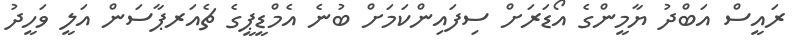
ރައީސް އަބްދު ޔާމީންގެ އޯޑަރަށް ސިފައިންކަމަށް ބުނެ އެމްޑީޕީގެ ޗެއަރޕާސަން އަލީ ވަހީދު